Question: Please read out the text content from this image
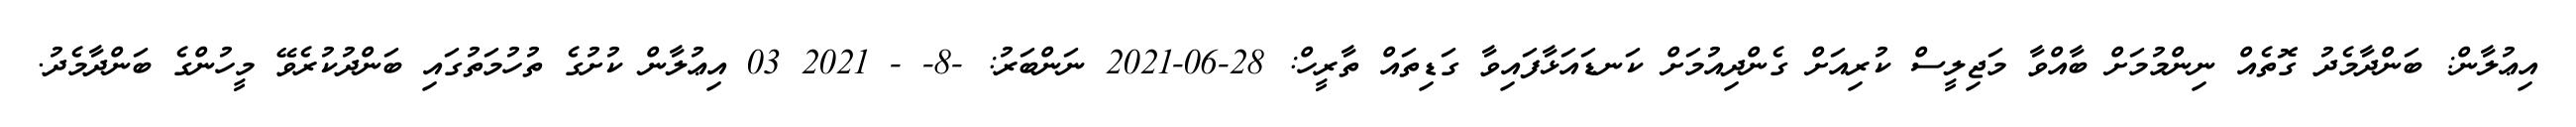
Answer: އިޢުލާން: ބަންދާމެދު ގޮތެއް ނިންމުމަށް ބާއްވާ މަޖިލީސް ކުރިއަށް ގެންދިއުމަށް ކަނޑައަޅާފައިވާ ގަޑިތައް ތާރީހް: 28-06-2021 ނަންބަރު: -8- - 2021 03 އިޢުލާން ކުށުގެ ތުހުމަތުގައި ބަންދުކުރެވޭ މީހުންގެ ބަންދާމެދު.